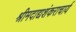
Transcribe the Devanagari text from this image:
श्रीमदाद्यशंकराचार्य